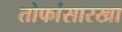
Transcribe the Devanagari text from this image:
तोफांसारखा